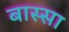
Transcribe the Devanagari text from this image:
बास्सा